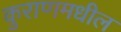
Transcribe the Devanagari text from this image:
कुराणमधील